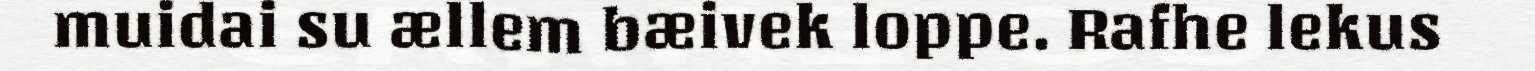
muidai su ællem bæivek loppe. Rafhe lekus